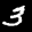
Label: 3